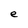
Character: e